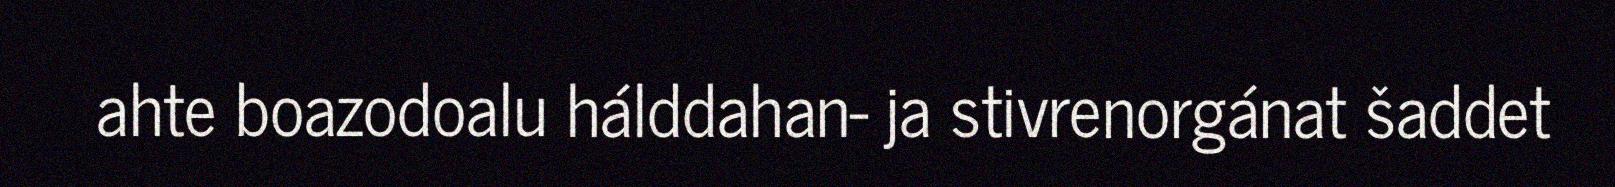
ahte boazodoalu hálddahan- ja stivrenorgánat šaddet